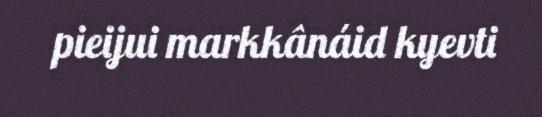
pieijui markkânáid kyevti